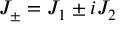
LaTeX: J _ { \pm } = J _ { 1 } \pm i J _ { 2 }